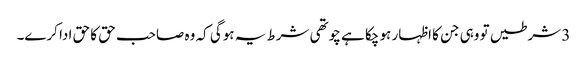
3 شرطیں تو وہی جن کا اظہار ہو چکا ہے چوتھی شرط یہ ہوگی کہ وہ صاحب حق کا حق ادا کرے۔